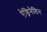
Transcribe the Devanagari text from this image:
ऐड्रिनेलिन